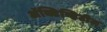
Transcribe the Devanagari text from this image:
अॅक्टिव्हिटीज्